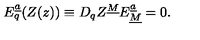
{ E } _ { q } ^ { \underline { a } } ( Z ( z ) ) \equiv D _ { q } Z ^ { \underline { M } } E _ { \underline { M } } ^ { \underline { a } } = 0 .